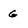
Character: G